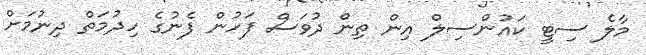
މާލެ ސިޓީ ކައުންސިލް އިން ތިން ދުވަސް ފަހުން ފެނުގެ ހިދުމަތް ދިނުމަށް